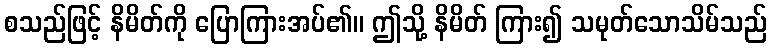
စသည်ဖြင့် နိမိတ်ကို ပြောကြားအပ်၏။ ဤသို့ နိမိတ် ကြား၍ သမုတ်သောသိမ်သည်